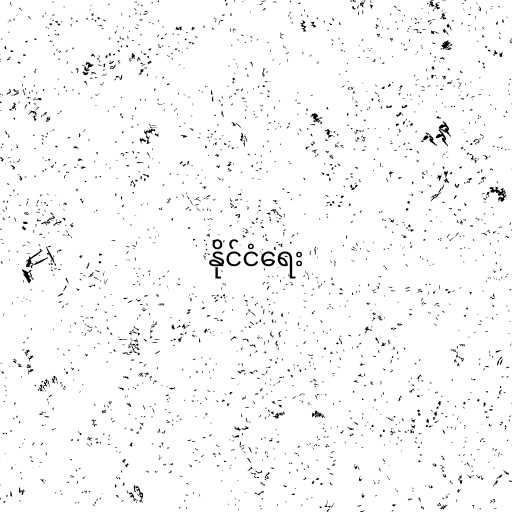
နိုင်ငံရေး